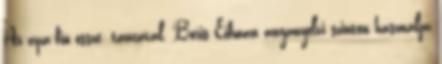
Az apa-fiú össze- táncával. Boris Eifman anyanyelvi szinten használja